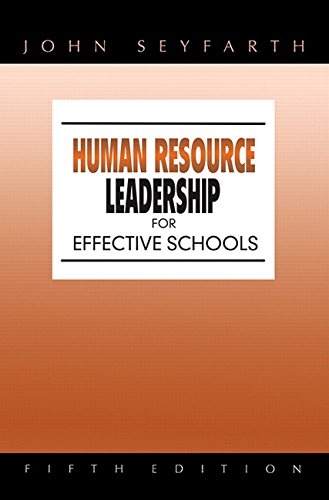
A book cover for Human Resource Leadership for Effective Schools (5th Edition); John T. Seyfarth; Business & Money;